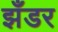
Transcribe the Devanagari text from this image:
झँडर